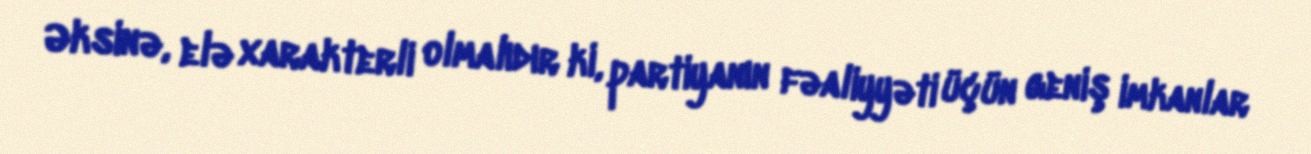
Əksinə, elə xarakterli olmalıdır ki, partiyanın fəaliyyəti üçün geniş imkanlar